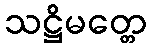
သဋ္ဌိမတ္တေ